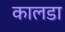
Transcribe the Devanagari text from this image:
कालडा